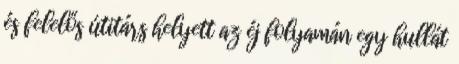
és felelős útitárs helyett az éj folyamán egy hullát